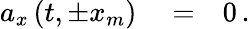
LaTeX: \begin{array}{rlr}{a_{x}\left(t,\pm x_{m}\right)}&{{}=}&{0\, .}\end{array}